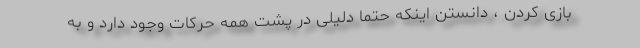
بازی کردن ، دانستن اینکه حتما دلیلی در پشت همه حرکات وجود دارد و به